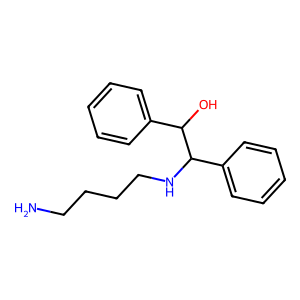
SMILES: NCCCCNC(c1ccccc1)C(O)c1ccccc1
Inhibits HIV replication: No